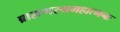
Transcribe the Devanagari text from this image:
ब्राह्मणस्यमहात्मनः